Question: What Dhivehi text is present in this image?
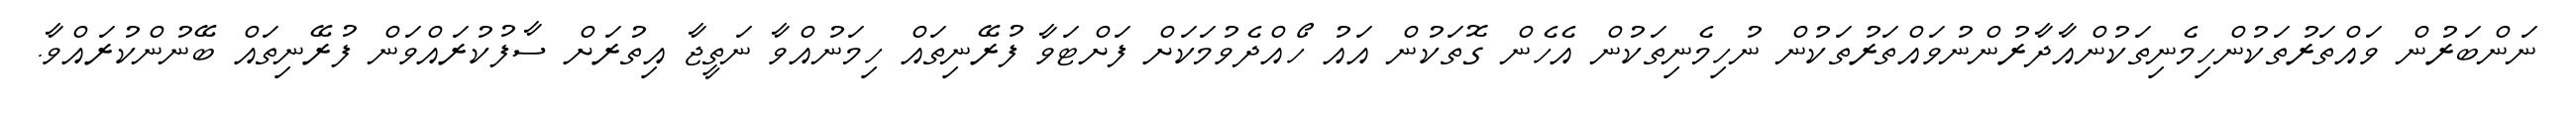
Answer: ނަންބަރުން ވައްތަރުތަކުންހިމެނިތަކުންއާދާރުންނުވައްތަރުތަކުން ނުހިމެނިތަކުން އެހެން ގޮތަކުން އައު ހޯއްދެވުމަކަށް ފަށްޓަވާ ފުރޭނިތައް ހިމަނުއްވާ ނަތީޖާ އިތުރަށް ސާފުކުރައްވަން ފުރޭނިތައް ބޭނުންކުރައްވާ.